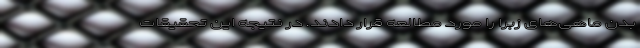
بدن ماهی‌های زبرا را مورد مطالعه قرار دادند. در نتیجه این تحقیقات